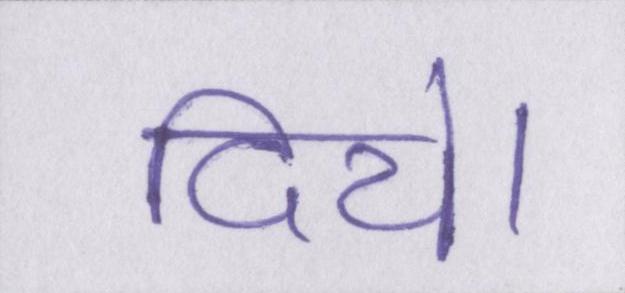
दिये।